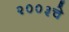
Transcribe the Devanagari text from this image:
२००३चे